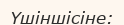
Үшіншісіне: